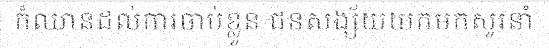
ក៏ឈានដល់ការចាប់ខ្លួន ជនសង្ស័យយកមកសួរនាំ